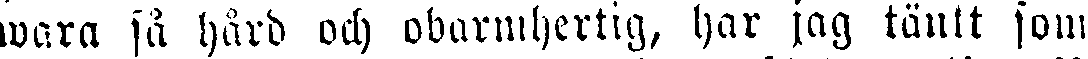
wara så hård och obarmhertig, har jag tänkt som